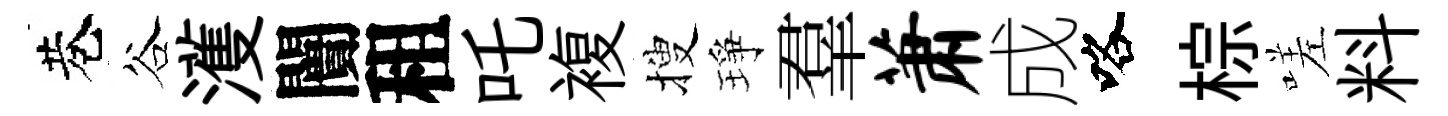
巷谷濩闠租吒複搜琤羣萧成咯棕嗟料